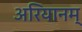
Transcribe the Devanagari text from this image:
अरियानम्